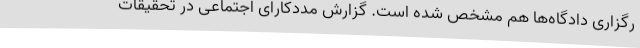
رگزاری دادگاه‌ها هم مشخص شده است. گزارش مددکارای اجتماعی در تحقیقات